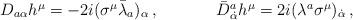
LaTeX: \begin{align*}\begin{array}{cc}D_{a\alpha}h^{\mu}=-2i(\sigma^{\mu}\bar{\lambda}_{a})_{\alpha}\,,~~~~&~~~~\bar{D}{}^{a}_{\dot{\alpha}}h^{\mu}=2i(\lambda^{a}\sigma^{\mu})_{\dot{\alpha}}\,,\end{array}\end{align*}